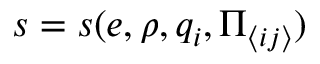
s = s ( e , \rho , q _ { i } , \Pi _ { \langle i j \rangle } )